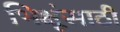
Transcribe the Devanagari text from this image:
भिक्षूंसाठी